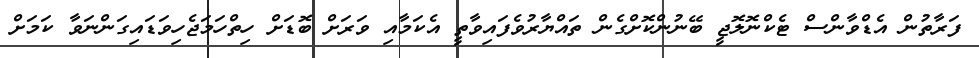
ފަރާތުން އެޑްވާންސް ޓެކްނޮލޮޖީ ބޭނުންކޮށްގެން ތައްޔާރުވެފައިވާތީ އެކަމާއި ވަރަށް ބޮޑަށް ހިތްހަމަޖެހިވަޑައިގަންނަވާ ކަމަށް